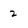
Character: 2